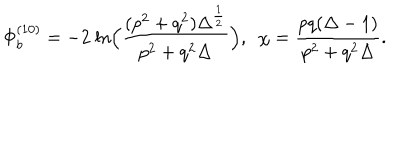
\Phi _ { b } ^ { ( 1 0 ) } = - 2 ~ \mathrm { l n } \Big ( { \frac { ( p ^ { 2 } + q ^ { 2 } ) \Delta ^ { \frac { 1 } { 2 } } } { p ^ { 2 } + q ^ { 2 } \Delta } } \Big ) , ~ ~ \chi = { \frac { p q ( \Delta - 1 ) } { p ^ { 2 } + q ^ { 2 } \Delta } } .